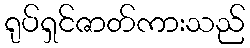
ရုပ်ရှင်ဇာတ်ကားသည်